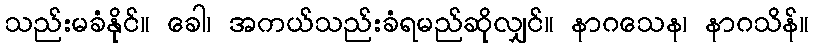
သည်းမခံနိုင်။ ခေါ၊ အကယ်သည်းခံရမည်ဆိုလျှင်။ နာဂသေန၊ နာဂသိန်။